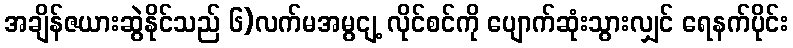
အချိန်ဇယားဆွဲနိုင်သည် ၆)လက်မအမွငျ့ လိုင်စင်ကို ပျောက်ဆုံးသွားလျှင် ရေနက်ပိုင်း